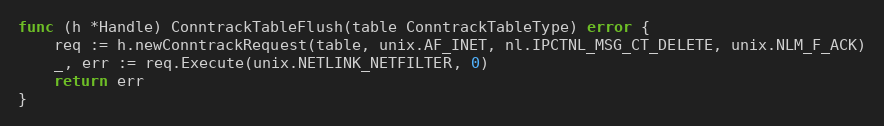
Language: Go
func (h *Handle) ConntrackTableFlush(table ConntrackTableType) error {
	req := h.newConntrackRequest(table, unix.AF_INET, nl.IPCTNL_MSG_CT_DELETE, unix.NLM_F_ACK)
	_, err := req.Execute(unix.NETLINK_NETFILTER, 0)
	return err
}